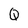
Character: Q